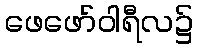
ဖေဖော်ဝါရီလ၌